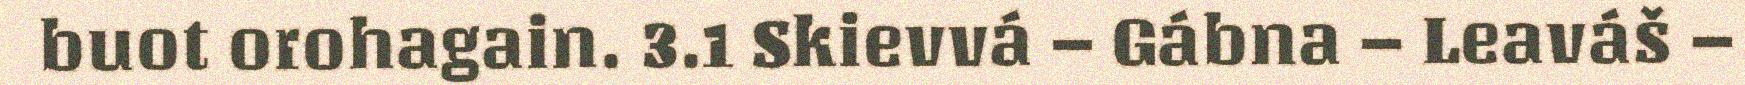
buot orohagain. 3.1 Skievvá – Gábna – Leaváš –